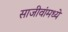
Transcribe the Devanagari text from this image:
साजीवांमध्ये